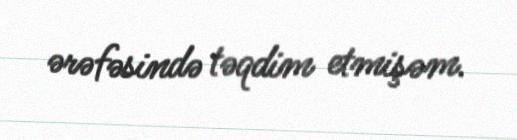
ərəfəsində təqdim etmişəm.